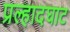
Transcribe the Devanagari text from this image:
प्रल्हादघाट